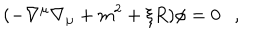
LaTeX: ( - \nabla ^ { \mu } \nabla _ { \mu } + m ^ { 2 } + \xi R ) \phi = 0 ,